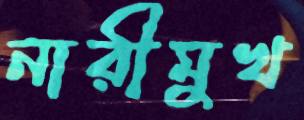
নারীমুখ